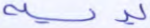
يديه